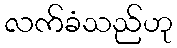
လက်ခံသည်ဟု